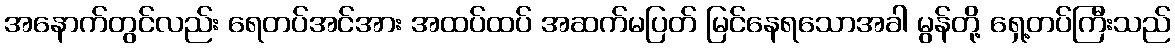
အနောက်တွင်လည်း ရေတပ်အင်အား အထပ်ထပ် အဆက်မပြတ် မြင်နေရသောအခါ မွန်တို့ ရှေ့တပ်ကြီးသည်